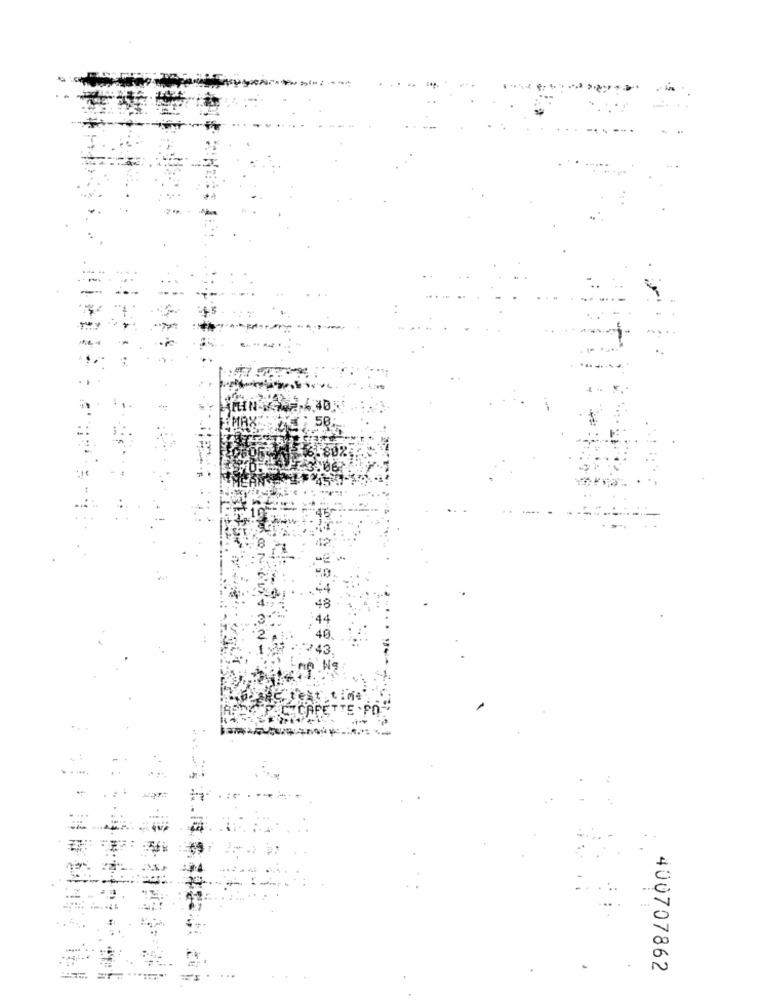
₩.4.405
400707862